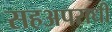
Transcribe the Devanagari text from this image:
सहअपराधी